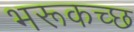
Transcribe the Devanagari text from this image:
भरूकच्छ